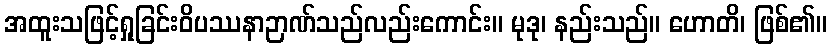
အထူးသဖြင့်ရှုခြင်းဝိပဿနာဉာဏ်သည်လည်းကောင်း။ မုဒု၊ နည်းသည်။ ဟောတိ၊ ဖြစ်၏။